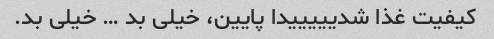
کیفیت غذا شدیییییدا پایین، خیلی بد … خیلی بد.